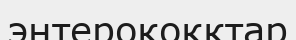
энтерококктар